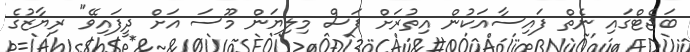
ބަޖެޓްގައި ނެތް ފައިސާއަކުން އިތުރަށް ފަސް މިލިޔަން މޫސަ އަށް ދީފައިވޭ" ރިޔާޒުގެ